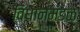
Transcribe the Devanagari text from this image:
विधानमंडळ